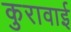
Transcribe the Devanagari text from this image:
कुरावाई